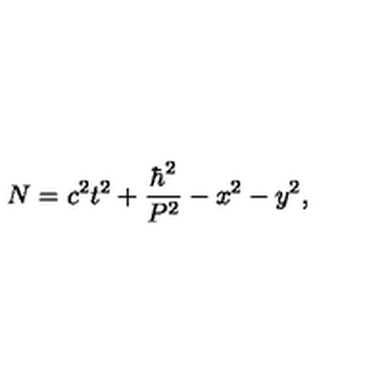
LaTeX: N = c ^ { 2 } t ^ { 2 } + \frac { \hbar ^ { 2 } } { P ^ { 2 } } - x ^ { 2 } - y ^ { 2 } ,